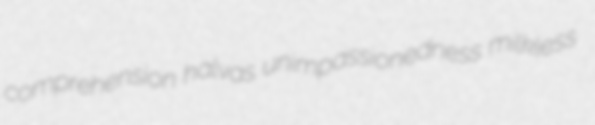
comprehension halvas unimpassionedness milkless